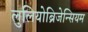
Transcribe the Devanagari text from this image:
लुलियोब्रिजेन्सियम